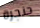
حنجرة